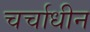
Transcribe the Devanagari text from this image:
चर्चाधीन